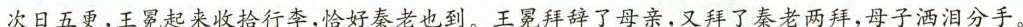
次日五更，王冕起来收拾行李，恰好秦老也到，王冕拜辞了母亲，又拜了秦老两拜，母子洒泪分手。